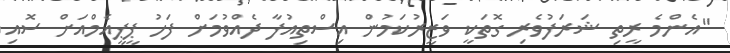
"އެންމެ ރީތި ޝަރަފުވެރި ގޮތަކީ ވަޒީރުކަމުން އިސްތިއުފާ ދެއްވުމަށް ފަހު ޕީޕީއެމްއަށް ސޮއި